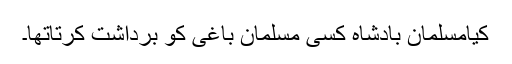
کیامسلمان بادشاہ کسی مسلمان باغی کو برداشت کرتاتھا۔